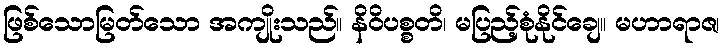
ဖြစ်သောမြတ်သော အကျိုးသည်။ နိဝိပစ္စတိ၊ မပြည့်စုံနိုင်ချေ။ မဟာရာဇ၊